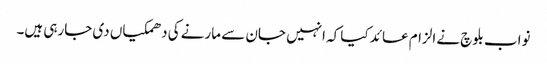
نواب بلوچ نے الزام عائد کیا کہ انہیں جان سے مارنے کی دھمکیاں دی جارہی ہیں۔